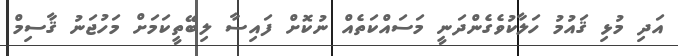
އަދި މުޅި ޤައުމު ހަލާކުވެގެންދަނީ މަސައްކަތެއް ނުކޮށް ފައިސާ ލިބޭތީކަމަށް މަހުޖަނު ޤާސިމް